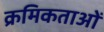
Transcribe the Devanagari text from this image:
क्रमिकताओं